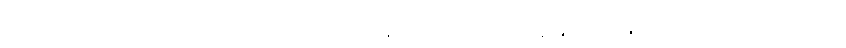
၁၀,၀၀၀ ကျပ်လည်း ပေးဆောင်ရမယ်လို့ မြို့နယ် ကိုဗစ်၁၉ ထိန်းချုပ်ရေးနှင့် အရေးပေါ်တုံ့ပြန်ရေး